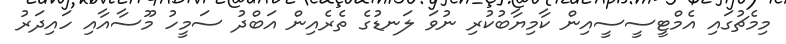
މިމެޗުގައި އެމްޓީސީސީއިން ކާމިޔާބުކުރި ނުވަ ލަނޑުގެ ތެރެއިން އަބްދު ސަމީހު މޫސާއާއި ހައިދަރު